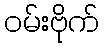
ဝမ်းဗိုက်